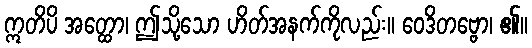
ဣတိပိ အတ္ထော၊ ဤသို့သော ဟိတ်အနက်ကိုလည်း။ ဝေဒိတဗ္ဗော၊ ၏။